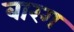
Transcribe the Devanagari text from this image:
बारग